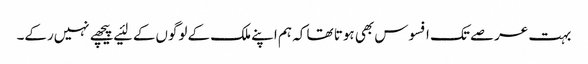
بہت عرصے تک افسوس بھی ہوتا تھا کہ ہم اپنے ملک کے لوگوں‌کے لئیے پیچھے نہیں‌رکے۔